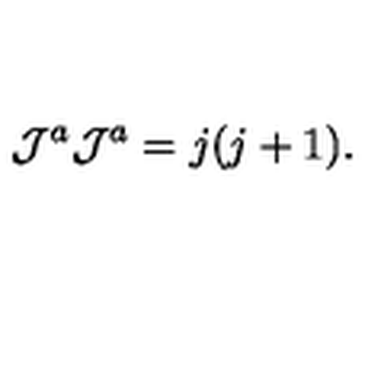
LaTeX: { \cal J } ^ { a } { \cal J } ^ { a } = j ( j + 1 ) .